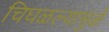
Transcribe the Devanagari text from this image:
चिघळल्यामुळे